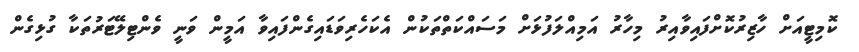
ކޮމިޓީއަށް ހާޒިރުކޮށްފައިވާއިރު މިހާރު އަމިއްލަފުޅަށް މަސައްކަތްތަކުން އެކަހެރިވަޑައިގެންފައިވާ އަމީން ވަނީ ވެންޓިލޭޓަރުތަކާ ގުޅިގެން